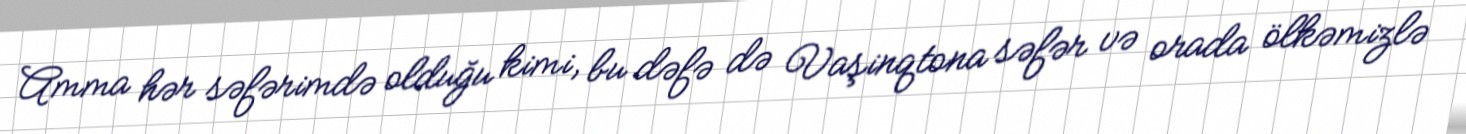
Amma hər səfərimdə olduğu kimi, bu dəfə də Vaşinqtona səfər və orada ölkəmizlə